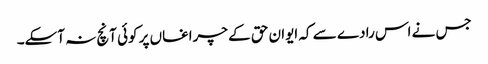
جس نے اس رادے سے کہ ایوان حق کے چراغاں پر کوئی آنچ نہ آسکے۔